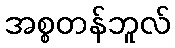
အစ္စတန်ဘူလ်